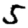
Digit: 5